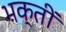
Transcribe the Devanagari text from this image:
भक्तीं